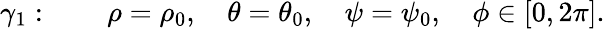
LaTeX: \gamma_{1}:\quad\quad\rho=\rho_{0},\quad\theta=\theta_{0},\quad\psi=\psi_{0},\quad\phi\in[0,2\pi].